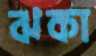
ঝকা